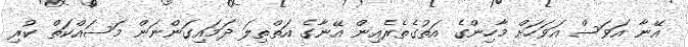
އޭނާ އަވަސް އަވަހަށް މާހިންގެ އަތުގެތެރެއިން އޭނާގެ އަތްތިލަ ދަމައިގަންނަން މަސައްކަތް ކުރި